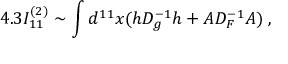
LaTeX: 4 . 3 I _ { 1 1 } ^ { ( 2 ) } \sim \int d ^ { 1 1 } x ( h D _ { g } ^ { - 1 } h + A D _ { F } ^ { - 1 } A ) \; ,